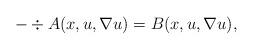
LaTeX: \begin{align*} -\div A(x,u,\nabla u) = B(x,u,\nabla u), \end{align*}